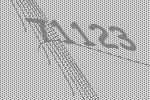
71123